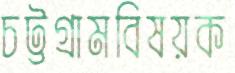
চট্টগ্রামবিষয়ক